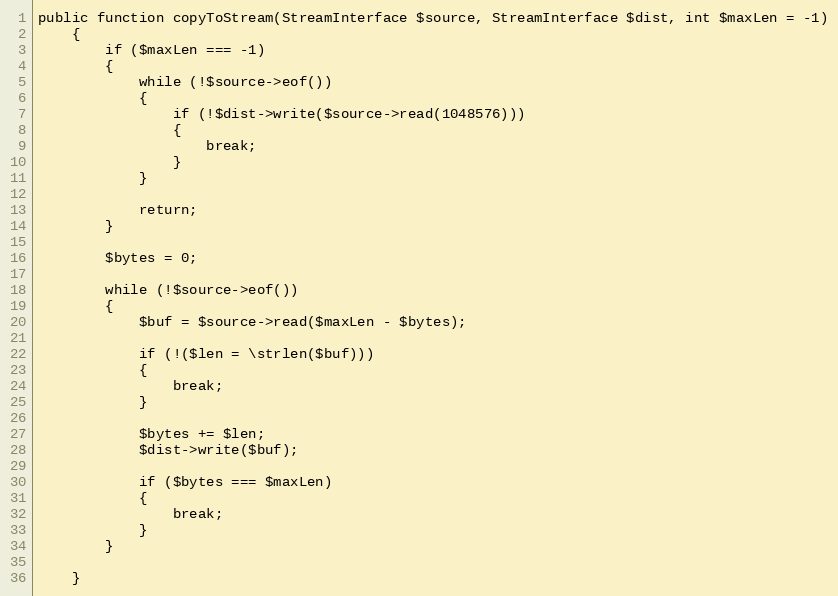
Language: PHP
public function copyToStream(StreamInterface $source, StreamInterface $dist, int $maxLen = -1)
    {
        if ($maxLen === -1)
        {
            while (!$source->eof())
            {
                if (!$dist->write($source->read(1048576)))
                {
                    break;
                }
            }

            return;
        }

        $bytes = 0;

        while (!$source->eof())
        {
            $buf = $source->read($maxLen - $bytes);

            if (!($len = \strlen($buf)))
            {
                break;
            }

            $bytes += $len;
            $dist->write($buf);

            if ($bytes === $maxLen)
            {
                break;
            }
        }

    }